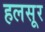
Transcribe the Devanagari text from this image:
हलसूर